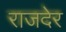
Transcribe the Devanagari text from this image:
राजदेर